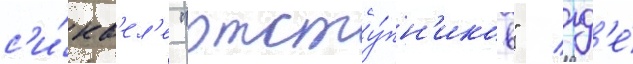
с'и́кв'ел'е "отсту́пн'иков" / гд'е́